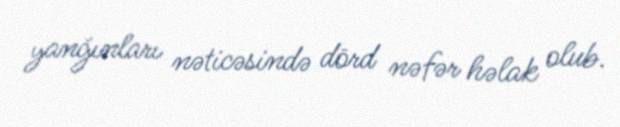
yanğınları nəticəsində dörd nəfər həlak olub.